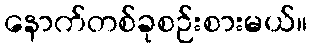
နောက်တစ်ခုစဉ်းစားမယ်။